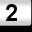
Digit: 2